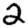
Digit: 2